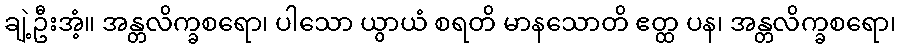
ချဲ့ဦးအံ့။ အန္တလိက္ခစရော၊ ပါသော ယွာယံ စရတိ မာနသောတိ ဧတ္ထ ပန၊ အန္တလိက္ခစရော၊